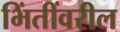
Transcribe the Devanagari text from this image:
भिंतींवरील